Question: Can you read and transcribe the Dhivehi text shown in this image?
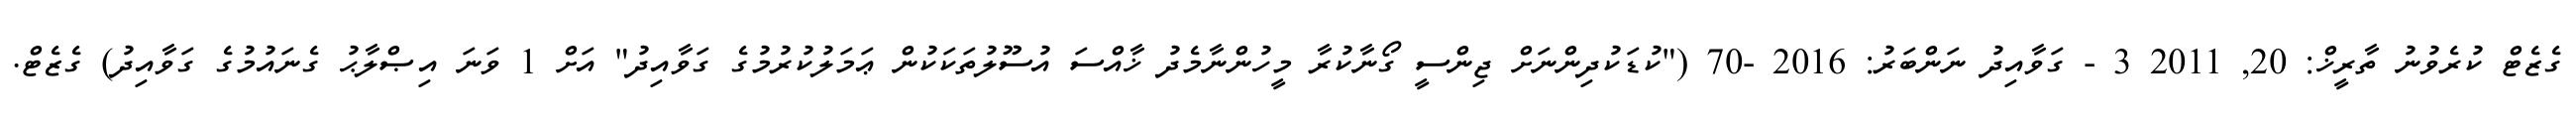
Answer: ގެޒެޓް ކުރެވުނު ތާރީޚް: 20, 2011 3 - ގަވާއިދު ނަންބަރު: 2016 -70 ("ކުޑަކުދިންނަށް ޖިންސީ ގޯނާކުރާ މީހުންނާމެދު ޚާއްސަ އުސޫލުތަކަކުން ޢަމަލުކުރުމުގެ ގަވާއިދު" އަށް 1 ވަނަ އިޞްލާޙު ގެނައުމުގެ ގަވާއިދު) ގެޒެޓް.